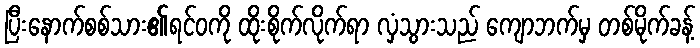
ပြီးနောက်စစ်သား၏ရင်ဝကို ထိုးစိုက်လိုက်ရာ လှံသွားသည် ကျောဘက်မှ တစ်မိုက်ခန့်